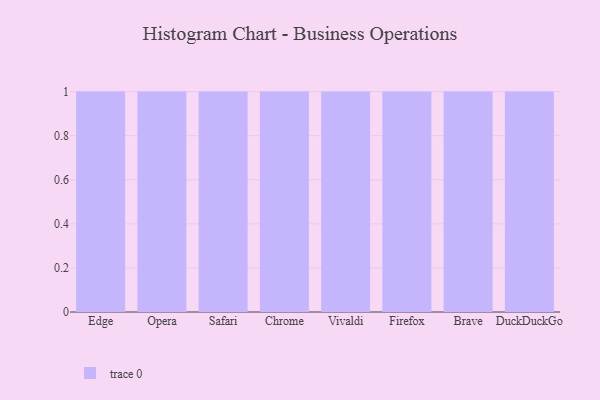
{"axis": {"x": "Browser", "y": "Market Share (%)"}, "legend": [""], "data": [{"x": "Edge", "y": 21, "type": ""}, {"x": "Opera", "y": 35, "type": ""}, {"x": "Safari", "y": 32, "type": ""}, {"x": "Chrome", "y": 44, "type": ""}, {"x": "Vivaldi", "y": 46, "type": ""}, {"x": "Firefox", "y": 80, "type": ""}, {"x": "Brave", "y": 23, "type": ""}, {"x": "DuckDuckGo", "y": 90, "type": ""}]}